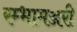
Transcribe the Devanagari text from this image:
रम्भामञ्जरी